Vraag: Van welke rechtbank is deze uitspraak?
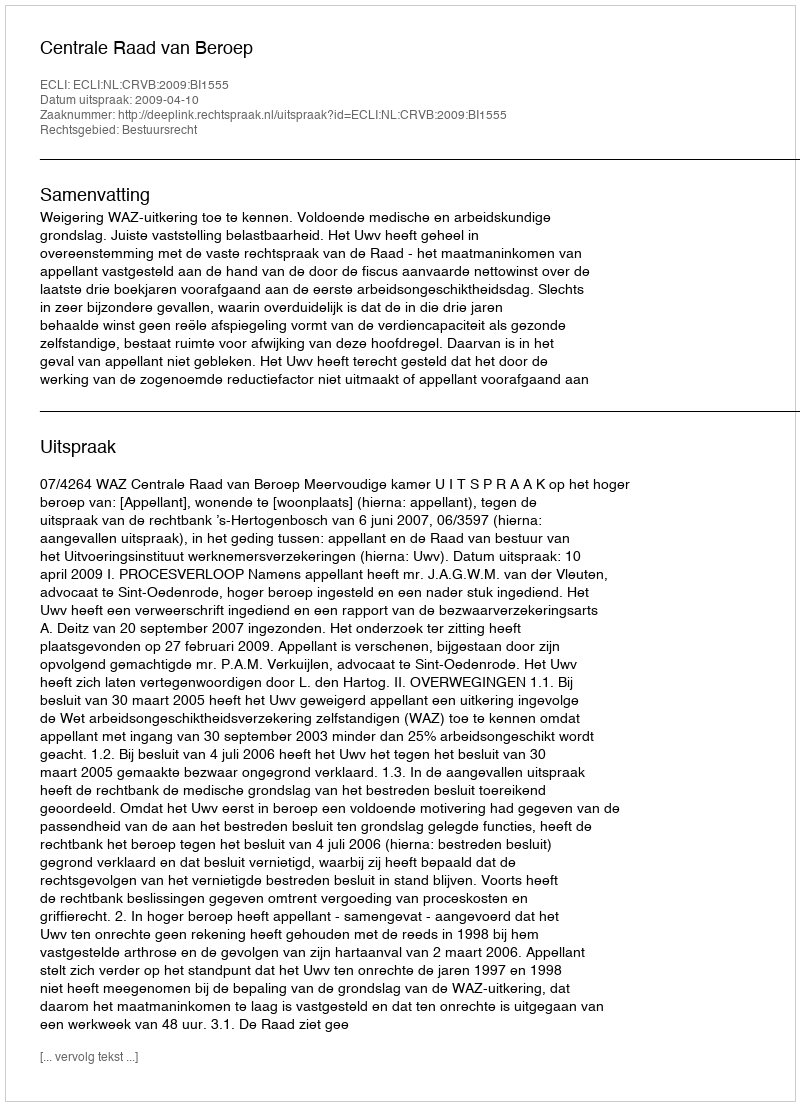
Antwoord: Centrale Raad van Beroep